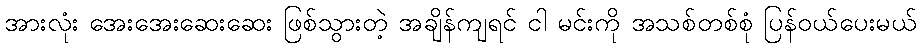
အားလုံး အေးအေးဆေးဆေး ဖြစ်သွားတဲ့ အချိန်ကျရင် ငါ မင်းကို အသစ်တစ်စုံ ပြန်ဝယ်ပေးမယ်